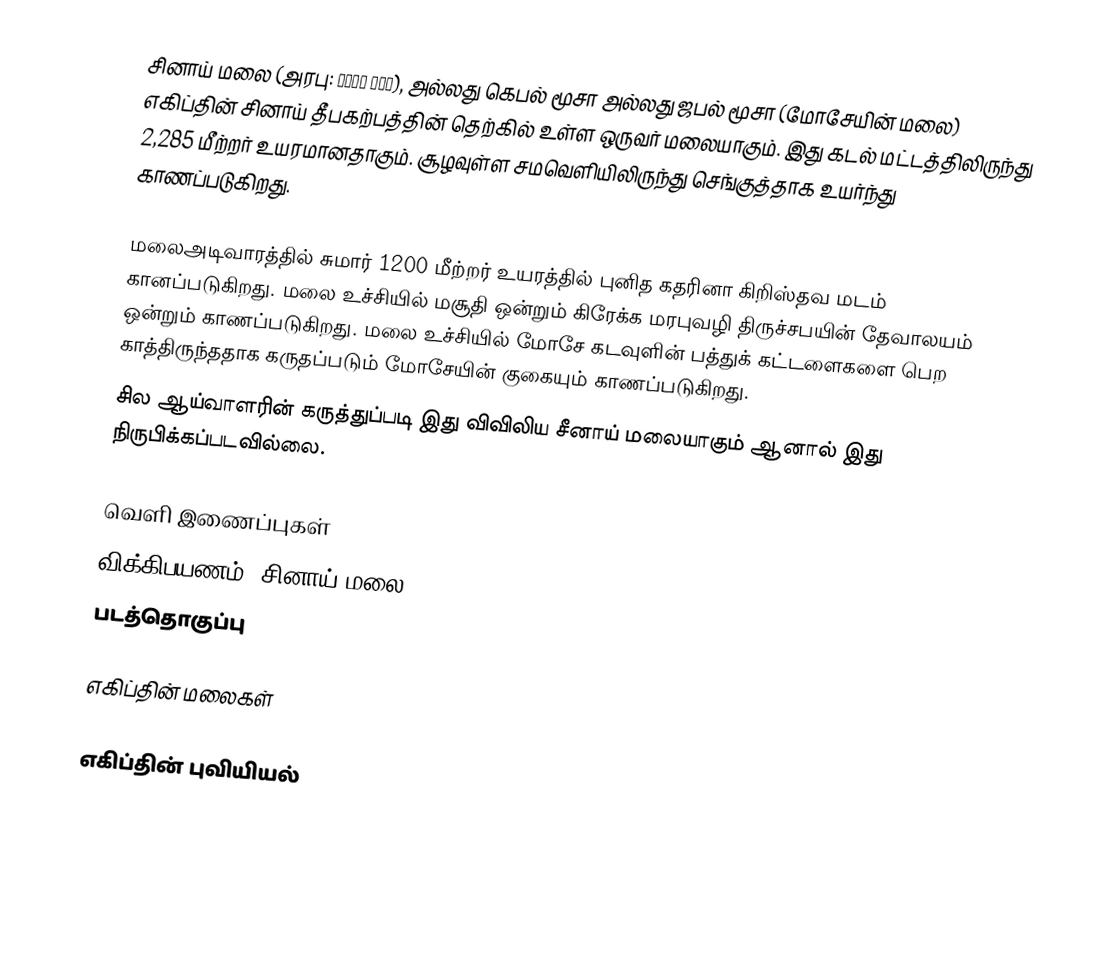
சினாய் மலை (அரபு: جبل موسى), அல்லது கெபல் மூசா அல்லது ஜபல் மூசா (மோசேயின் மலை) எகிப்தின் சினாய் தீபகற்பத்தின் தெற்கில் உள்ள ஒருவர் மலையாகும். இது கடல் மட்டத்திலிருந்து 2,285 மீற்றர் உயரமானதாகும். சூழவுள்ள சமவெளியிலிருந்து செங்குத்தாக உயர்ந்து காணப்படுகிறது.

மலைஅடிவாரத்தில் சுமார் 1200 மீற்றர் உயரத்தில் புனித கதரினா கிறிஸ்தவ மடம் கானப்படுகிறது. மலை உச்சியில் மசூதி ஒன்றும் கிரேக்க மரபுவழி திருச்சபயின் தேவாலயம் ஒன்றும் காணப்படுகிறது. மலை உச்சியில் மோசே கடவுளின் பத்துக் கட்டளைகளை பெற காத்திருந்ததாக கருதப்படும் மோசேயின் குகையும் காணப்படுகிறது.
சில ஆய்வாளரின் கருத்துப்படி இது விவிலிய சீனாய் மலையாகும் ஆனால் இது நிருபிக்கப்படவில்லை.

வெளி இணைப்புகள்
 விக்கிபயணம்: சினாய் மலை
 படத்தொகுப்பு

எகிப்தின் மலைகள்

எகிப்தின் புவியியல்